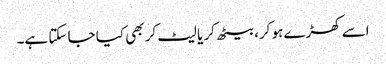
اسے کھڑے ہو کر، بیٹھ کر یا لیٹ کر بھی کیا جا سکتا ہے۔